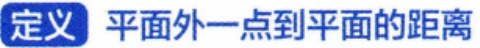
定义 平面外一点到平面的距离